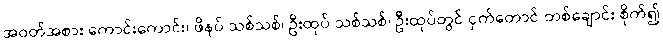
အဝတ်အစား ကောင်းကောင်း၊ ဖိနပ် သစ်သစ်၊ ဦးထုပ် သစ်သစ်၊ ဦးထုပ်တွင် ငှက်တောင် တစ်ချောင်း စိုက်၍